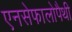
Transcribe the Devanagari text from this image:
एनसेफालोपैथी